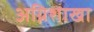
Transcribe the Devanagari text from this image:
अग्निशाखा